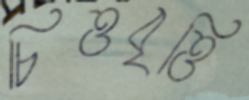
চিত্তবৃত্তি